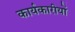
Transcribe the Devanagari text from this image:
कार्यकारीयों